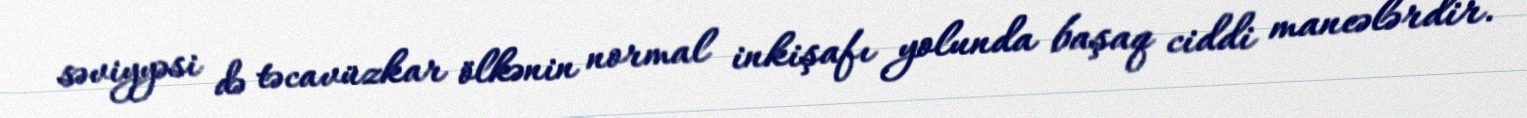
səviyyəsi də təcavüzkar ölkənin normal inkişafı yolunda başaq ciddi maneələrdir.